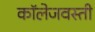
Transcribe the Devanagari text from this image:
कॉलेजवस्ती